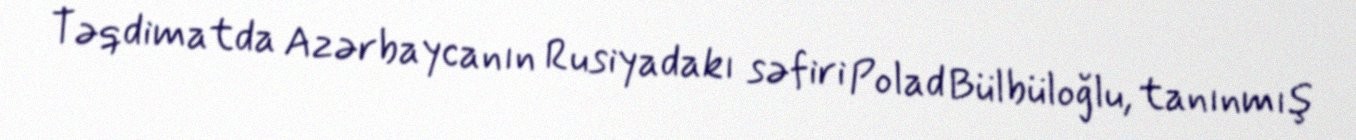
Təqdimatda Azərbaycanın Rusiyadakı səfiri Polad Bülbüloğlu, tanınmış